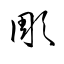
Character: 彫